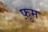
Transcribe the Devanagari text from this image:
फ़ुम